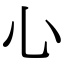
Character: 𢖩